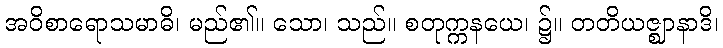
အဝိစာရောသမာဓိ၊ မည်၏။ သော၊ သည်။ စတုက္ကနယေ၊ ၌။ တတိယဇ္ဈာနာဒိ၊